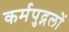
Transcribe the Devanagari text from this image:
कर्मपुद्गलों